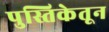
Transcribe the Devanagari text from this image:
पुस्तिकेतून